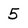
Character: 5